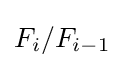
F_{i}/F_{i-1}